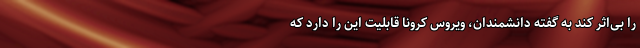
را بی‌اثر کند به گفته دانشمندان، ویروس کرونا قابلیت این را دارد که